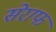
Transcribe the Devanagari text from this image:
सेराफ